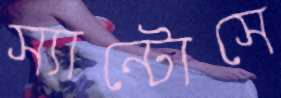
স্যান্টোসে